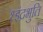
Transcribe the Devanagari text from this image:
१इंद्रभुति